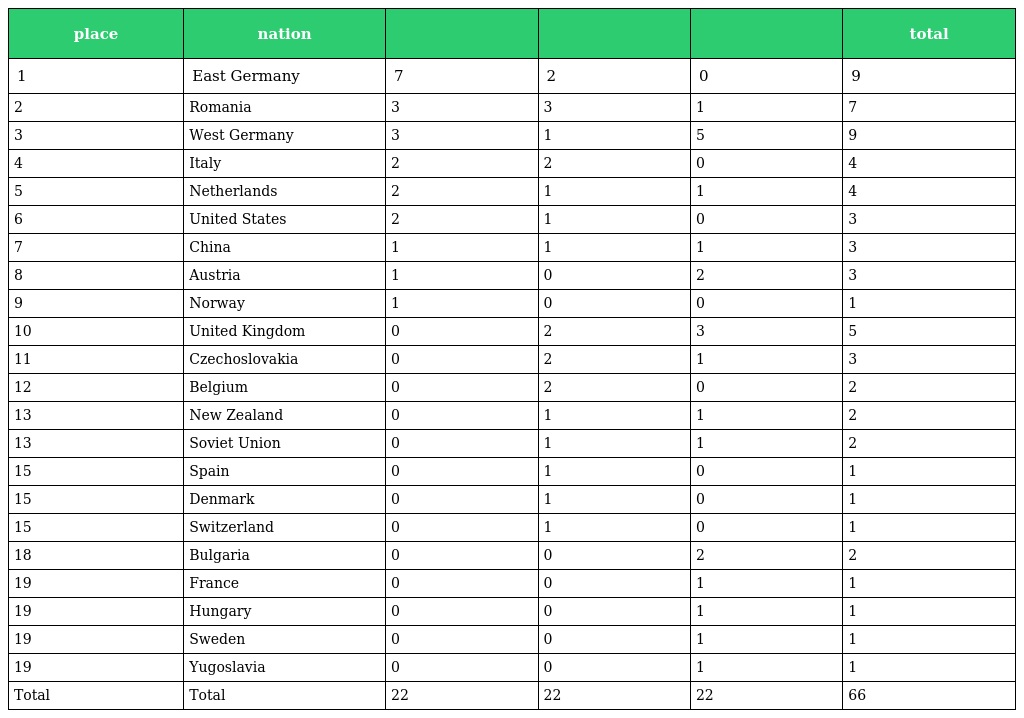
| place | nation |  |  |  | total |
 | --- | --- | --- | --- | --- | --- |
 | 1 | East Germany | 7 | 2 | 0 | 9 |
 | 2 | Romania | 3 | 3 | 1 | 7 |
 | 3 | West Germany | 3 | 1 | 5 | 9 |
 | 4 | Italy | 2 | 2 | 0 | 4 |
 | 5 | Netherlands | 2 | 1 | 1 | 4 |
 | 6 | United States | 2 | 1 | 0 | 3 |
 | 7 | China | 1 | 1 | 1 | 3 |
 | 8 | Austria | 1 | 0 | 2 | 3 |
 | 9 | Norway | 1 | 0 | 0 | 1 |
 | 10 | United Kingdom | 0 | 2 | 3 | 5 |
 | 11 | Czechoslovakia | 0 | 2 | 1 | 3 |
 | 12 | Belgium | 0 | 2 | 0 | 2 |
 | 13 | New Zealand | 0 | 1 | 1 | 2 |
 | 13 | Soviet Union | 0 | 1 | 1 | 2 |
 | 15 | Spain | 0 | 1 | 0 | 1 |
 | 15 | Denmark | 0 | 1 | 0 | 1 |
 | 15 | Switzerland | 0 | 1 | 0 | 1 |
 | 18 | Bulgaria | 0 | 0 | 2 | 2 |
 | 19 | France | 0 | 0 | 1 | 1 |
 | 19 | Hungary | 0 | 0 | 1 | 1 |
 | 19 | Sweden | 0 | 0 | 1 | 1 |
 | 19 | Yugoslavia | 0 | 0 | 1 | 1 |
 | Total | Total | 22 | 22 | 22 | 66 |